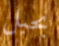
بحبل